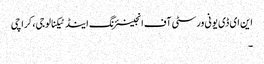
این ای ڈی یونی ورسٹی آف انجینئرنگ اینڈ ٹیکنالوجی، کراچی
۔